Report on horse surra - Volume I
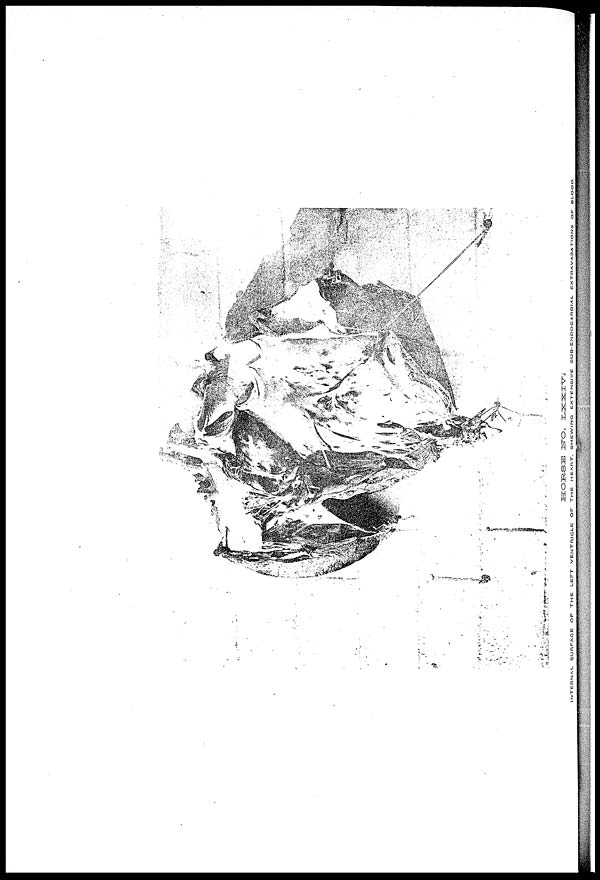
HORSE
NO.
LXXIV.
INTERNAL
SURFACE
OF
THE
LEFT
VENTRICLE
OF
THE
HEART.
SHEWING
EXTENSIVE
SUB-ENDOCARDIAL
EXTRAVASATIONS
OF
BLOOD.